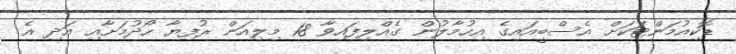
ޑޮކިއުމަންޓަކަށް އެސްބީއައިގެ އިހުމާލުން ގެއްލިފައިވާ 18 މިލިއަން ރުފިޔާ ހޯދުމަށާއި އަދި އެ